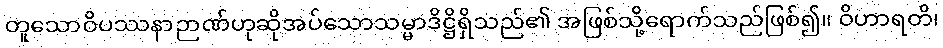
တူသောဝိပဿနာဉာဏ်ဟုဆိုအပ်သောသမ္မာဒိဋ္ဌိရှိသည်၏ အဖြစ်သို့ရောက်သည်ဖြစ်၍။ ဝိဟာရတိ၊